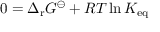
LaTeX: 0 = \Delta _ { \mathrm { r } } G ^ { \ominus } + R T \ln K _ { \mathrm { e q } }